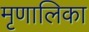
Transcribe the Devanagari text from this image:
मृणालिका